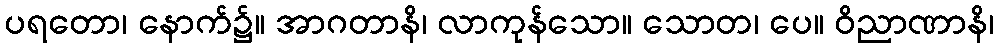
ပရတော၊ နောက်၌။ အာဂတာနိ၊ လာကုန်သော။ သောတ၊ ပေ။ ဝိညာဏာနိ၊